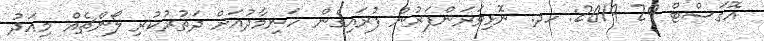
އޮގަސްޓް 29 2019: ހދ. ނޮޅިވަރަންފަރުން ފުރައިގެން ހަނިމާދުއަށް ދަތުރުކުރި ލޯންޗެއް މިއަދު